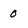
Character: 0